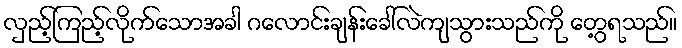
လှည့်ကြည့်လိုက်သောအခါ ဂလောင်းချန်းခေါ်လဲကျသွားသည်ကို တွေ့ရသည်။